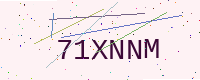
Text: 71XNNM